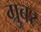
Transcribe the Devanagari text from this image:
ग्रुबर